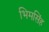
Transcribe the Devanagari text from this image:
भिमसिंह